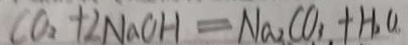
C O _ { 2 } + 2 N a C H = N a _ { 2 } C O _ { 3 } + H _ { 2 } O